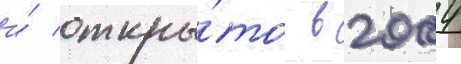
и́ откры́то в 2004